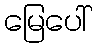
မြေပေါ်